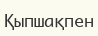
Қыпшақпен